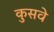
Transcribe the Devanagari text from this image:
कुसवे